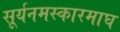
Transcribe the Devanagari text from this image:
सूर्यनमस्कारमाघ